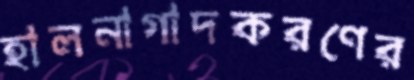
হালনাগাদকরণের